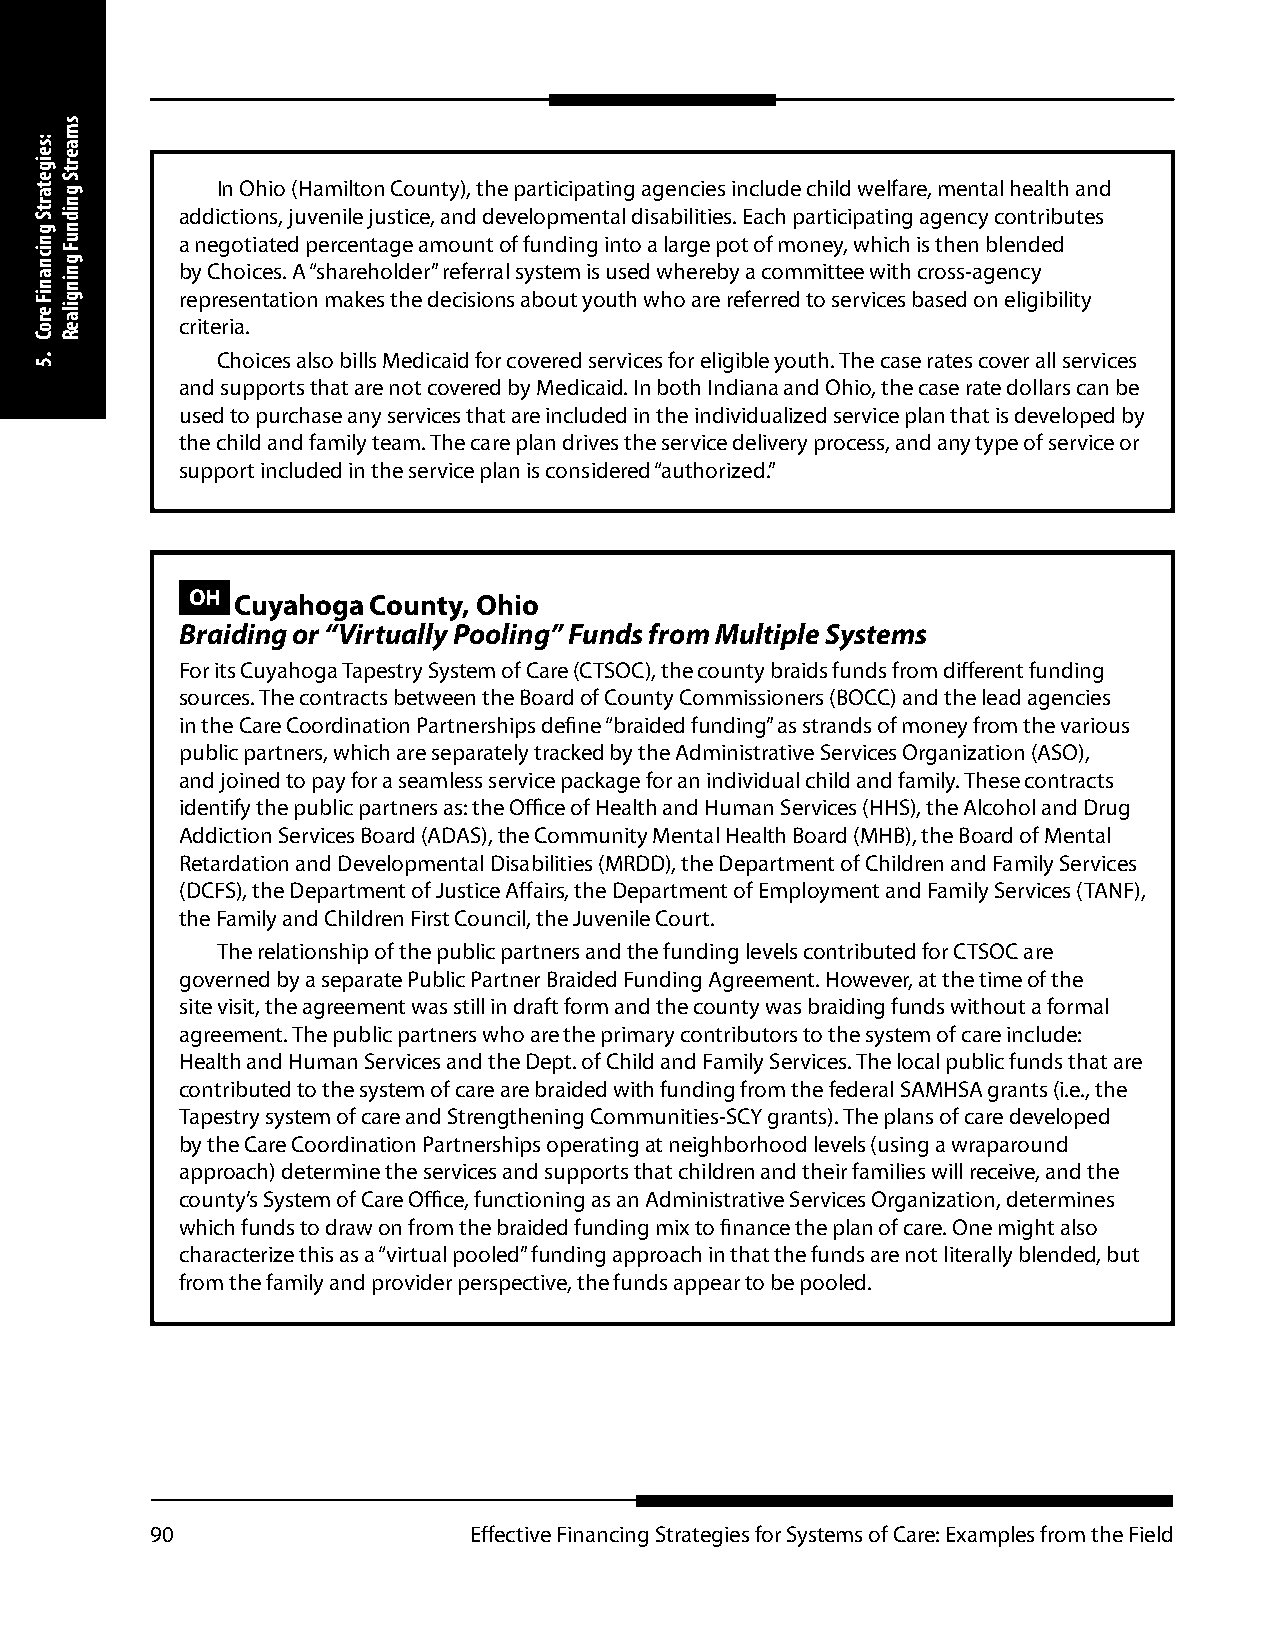
In Ohio (Hamilton County), the participating agencies include child welfare, mental health and
 addictions, juvenile justice, and developmental disabilities. Each participating agency contributes
 a negotiated percentage amount of funding into a large pot of money, which is then blended
 by Choices. A “shareholder” referral system is used whereby a committee with cross-agency
 representation makes the decisions about youth who are referred to services based on eligibility
 criteria.
 Choices also bills Medicaid for covered services for eligible youth. The case rates cover all services
 and supports that are not covered by Medicaid. In both Indiana and Ohio, the case rate dollars can be
 used to purchase any services that are included in the individualized service plan that is developed by
 the child and family team. The care plan drives the service delivery process, and any type of service or
 support included in the service plan is considered “authorized.”
 OH Cuyahoga  County, Ohio
 Braiding or “Virtually Pooling” Funds from Multiple Systems
 For its Cuyahoga Tapestry System of Care (CTSOC), the county braids funds from different funding
 sources. The contracts between the Board of County Commissioners (BOCC) and the lead agencies
 in the Care Coordination Partnerships define “braided funding” as strands of money from the various
 public partners, which are separately tracked by the Administrative Services Organization (ASO),
 and joined to pay for a seamless service package for an individual child and family. These contracts
 identify the public partners as: the Office of Health and Human Services (HHS), the Alcohol and Drug
 Addiction Services Board (ADAS), the Community Mental Health Board (MHB), the Board of Mental
 Retardation and Developmental Disabilities (MRDD), the Department of Children and Family Services
 (DCFS), the Department of Justice Affairs, the Department of Employment and Family Services (TANF),
 the Family and Children First Council, the Juvenile Court.
 The relationship of the public partners and the funding levels contributed for CTSOC are
 governed by a separate Public Partner Braided Funding Agreement. However, at the time of the
 site visit, the agreement was still in draft form and the county was braiding funds without a formal
 agreement. The public partners who are the primary contributors to the system of care include:
 Health and Human Services and the Dept. of Child and Family Services. The local public funds that are
 contributed to the system of care are braided with funding from the federal SAMHSA grants (i.e., the
 Tapestry system of care and Strengthening Communities-SCY grants). The plans of care developed
 by the Care Coordination Partnerships operating at neighborhood levels (using a wraparound
 approach) determine the services and supports that children and their families will receive, and the
 county’s System of Care Office, functioning as an Administrative Services Organization, determines
 which funds to draw on from the braided funding mix to finance the plan of care. One might also
 characterize this as a “virtual pooled” funding approach in that the funds are not literally blended, but
 from the family and provider perspective, the funds appear to be pooled.
 90                   Effective Financing Strategies for Systems of Care: Examples from the Field
 :seigetartS
 gnicnaniF
 eroC
 .5
 smaertS
 gnidnuF
 gningilaeR